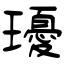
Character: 瓇